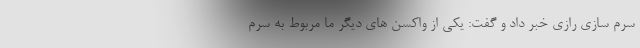
سرم سازی رازی خبر داد و گفت:‌ یکی از واکسن های دیگر ما مربوط به سرم